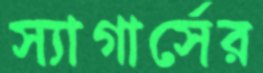
স্যাগার্সের